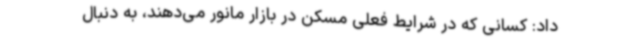
داد: کسانی که در شرایط فعلی مسکن در بازار مانور می‌دهند، به دنبال